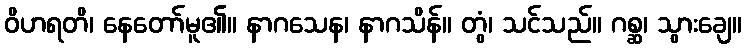
ဝိဟရတိ၊ နေတော်မူ၏။ နာဂသေန၊ နာဂသိန်။ တွံ၊ သင်သည်။ ဂစ္ဆ၊ သွားချေ။